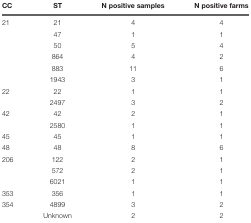
<table><thead><tr><td><b>CC</b></td><td><b>ST</b></td><td><b>N positive samples</b></td><td><b>N positive farms</b></td></tr></thead><tbody><tr><td>21</td><td>21</td><td>4</td><td>4</td></tr><tr><td></td><td>47</td><td>1</td><td>1</td></tr><tr><td></td><td>50</td><td>5</td><td>4</td></tr><tr><td></td><td>864</td><td>4</td><td>2</td></tr><tr><td></td><td>883</td><td>11</td><td>6</td></tr><tr><td></td><td>1943</td><td>3</td><td>1</td></tr><tr><td>22</td><td>22</td><td>1</td><td>1</td></tr><tr><td></td><td>2497</td><td>3</td><td>2</td></tr><tr><td>42</td><td>42</td><td>2</td><td>1</td></tr><tr><td></td><td>2580</td><td>1</td><td>1</td></tr><tr><td>45</td><td>45</td><td>1</td><td>1</td></tr><tr><td>48</td><td>48</td><td>8</td><td>6</td></tr><tr><td>206</td><td>122</td><td>2</td><td>1</td></tr><tr><td></td><td>572</td><td>2</td><td>1</td></tr><tr><td></td><td>6021</td><td>1</td><td>1</td></tr><tr><td>353</td><td>356</td><td>1</td><td>1</td></tr><tr><td>354</td><td>4899</td><td>3</td><td>2</td></tr><tr><td></td><td>Unknown</td><td>2</td><td>2</td></tr></tbody></table>